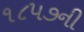
૧૮૫૭ની